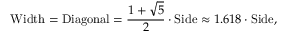
{ \mathrm { W i d t h } } = { \mathrm { D i a g o n a l } } = { \frac { 1 + { \sqrt { 5 } } } { 2 } } \cdot { \mathrm { S i d e } } \approx 1 . 6 1 8 \cdot { \mathrm { S i d e } } ,